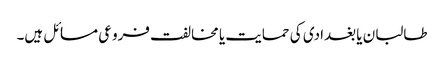
طالبان یا بغدادی کی حمایت یا مخالفت فروعی مسائل ہیں۔